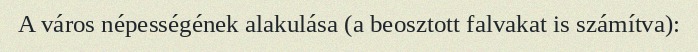
A város népességének alakulása (a beosztott falvakat is számítva):